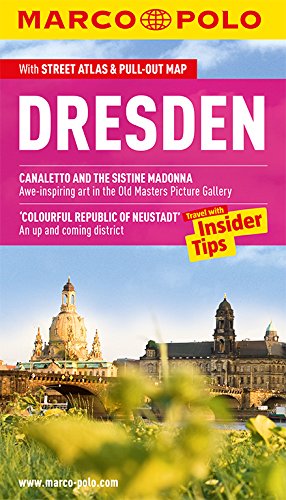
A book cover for Dresden Marco Polo Guide (Marco Polo Guides); Marco Polo Travel; Travel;